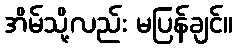
အိမ်သို့လည်း မပြန်ချင်။